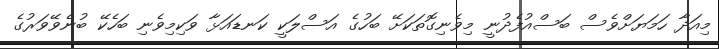
މިއަދާ ހަމަޔަށްވެސް ބަސްއުފެދުނީ މިވެނިގޮތަކަށޭ ބަހުގެ އަސްލަކީ ކަނޑައަޅާ ވަކިމިވެނި ބަހެކޭ ބުނެވޭވަރުގެ